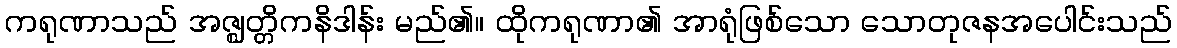
ကရုဏာသည် အဇ္ဈတ္တိကနိဒါန်း မည်၏။ ထိုကရုဏာ၏ အာရုံဖြစ်သော သောတုဇနအပေါင်းသည်